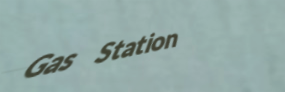
Gas Station